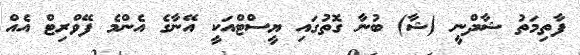
ފާތިމަތު ޝާދްނީ (ޝާ) ބުނާ ގޮތުގައި ޔީސްޓްއަކީ އޭނާގެ އެންމެ ފޭވްރިޓް އެއް